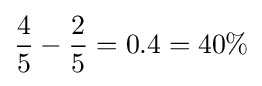
{\frac {4}{5}}-{\frac {2}{5}}=0.4=40\%